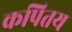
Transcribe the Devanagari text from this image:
कपितय